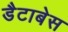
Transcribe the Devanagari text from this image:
डैटाबेस